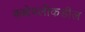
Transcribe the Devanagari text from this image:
कक्षेपलीकडील